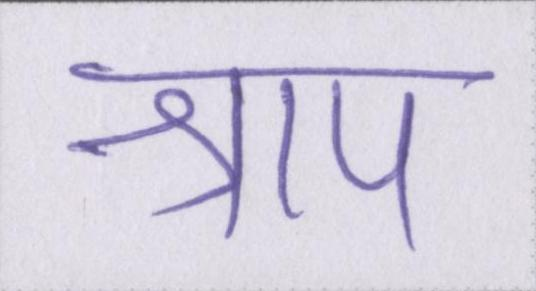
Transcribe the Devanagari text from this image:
श्राप